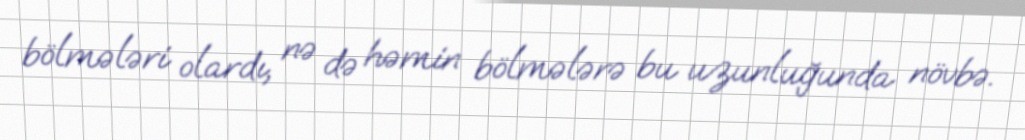
bölmələri olardı, nə də həmin bölmələrə bu uzunluğunda növbə.